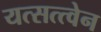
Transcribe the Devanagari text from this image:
यत्सत्त्वेन